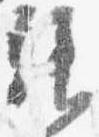
拝